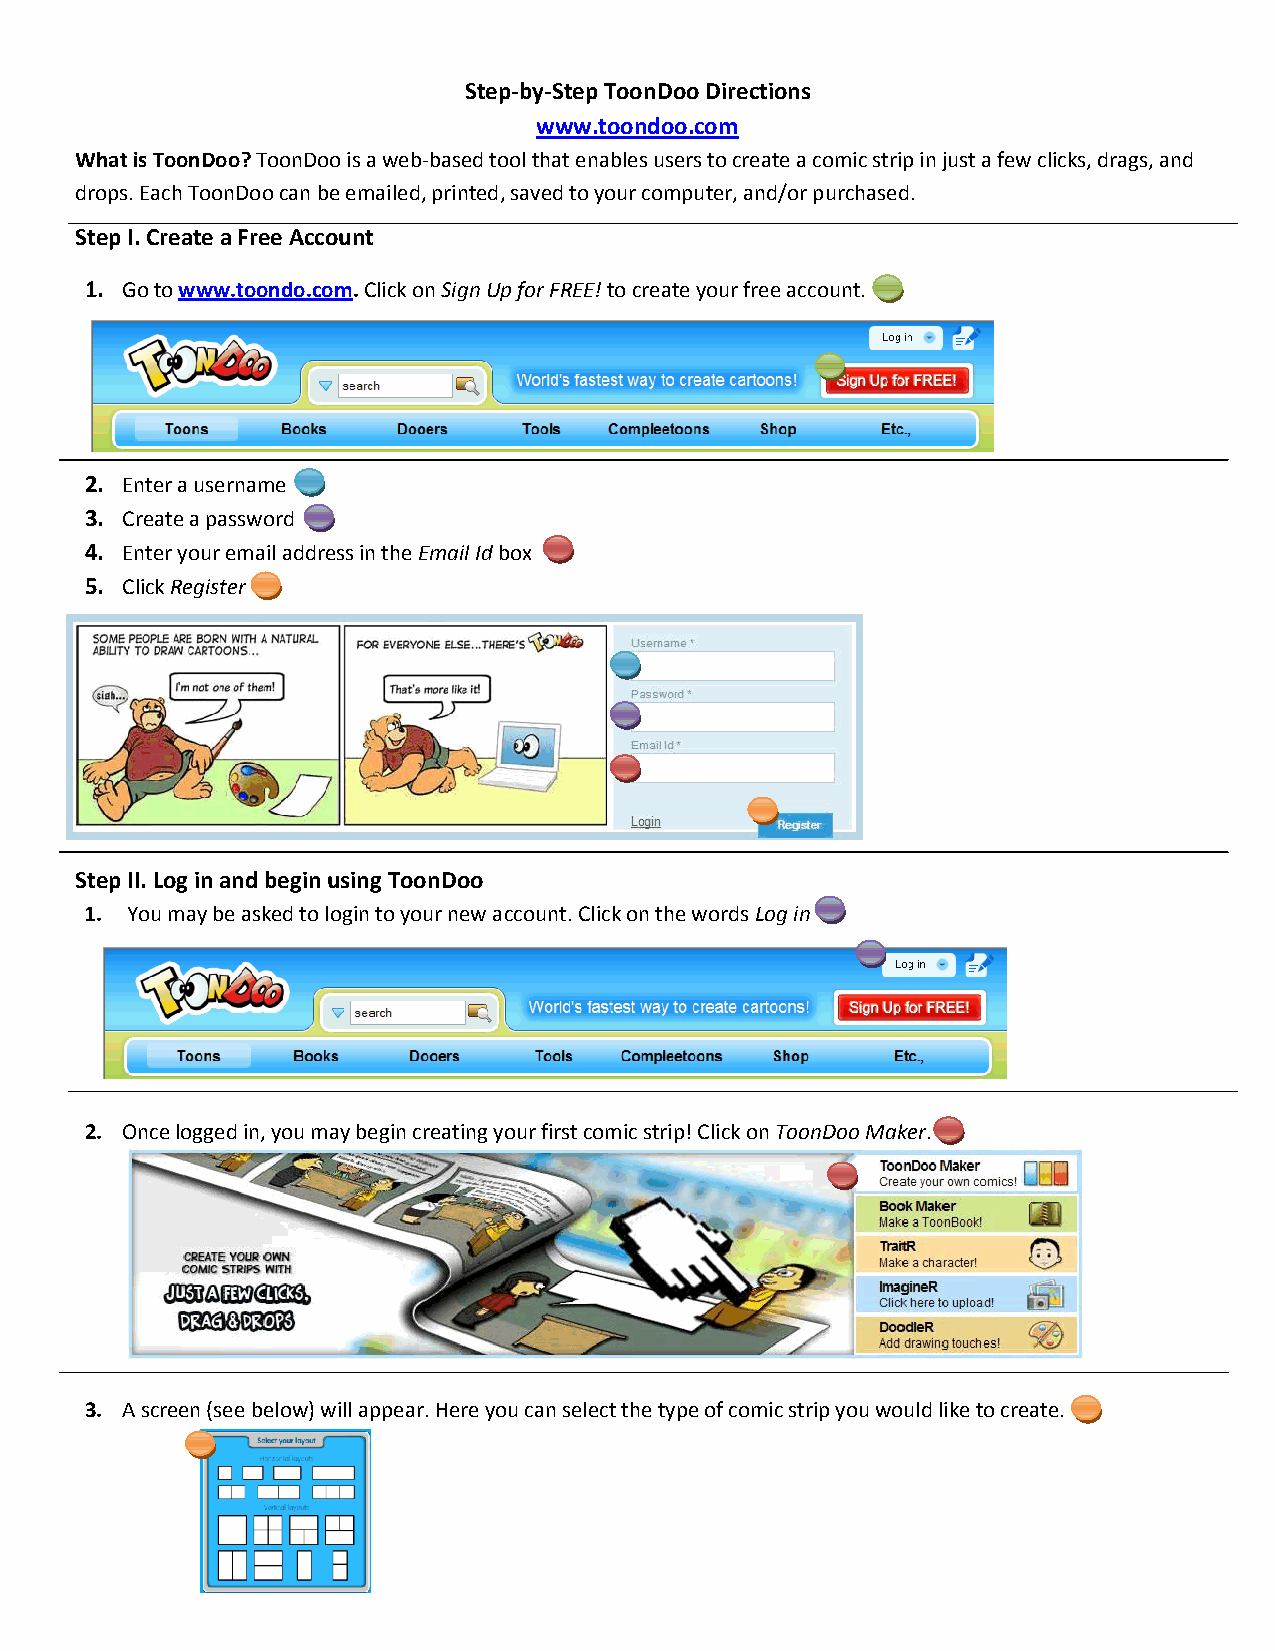
Step-by-Step ToonDoo Directions
 www.toondoo.com
 What is ToonDoo? ToonDoo is a web-based tool that enables users to create a comic strip in just a few clicks, drags, and
 drops. Each ToonDoo can be emailed, printed, saved to your computer, and/or purchased.
 Step I. Create a Free Account
 1. Go to www.toondo.com. Click on Sign Up for FREE! to create your free account.
 2. Enter a username
 3. Create a password
 4. Enter your email address in the Email Id box
 5. Click Register
 Step II. Log in and begin using ToonDoo
 1. You may be asked to login to your new account. Click on the words Log in
 2. Once logged in, you may begin creating your first comic strip! Click on ToonDoo Maker.
 3. A screen (see below) will appear. Here you can select the type of comic strip you would like to create.